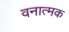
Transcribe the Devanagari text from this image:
वनात्मक